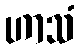
ဟာသံ